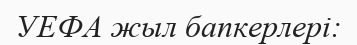
УЕФА жыл бапкерлері: